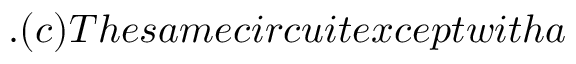
. ( c ) T h e s a m e c i r c u i t e x c e p t w i t h a